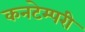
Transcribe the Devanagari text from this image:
कनटेम्परी